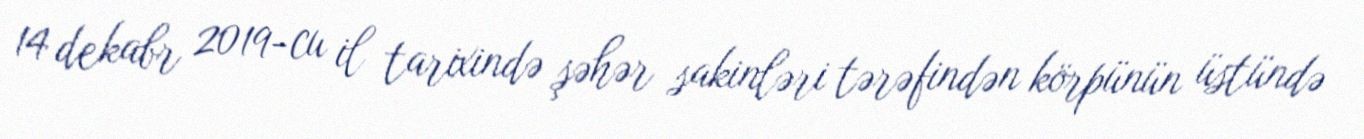
14 dekabr 2019-cu il tarixində şəhər sakinləri tərəfindən körpünün üstündə